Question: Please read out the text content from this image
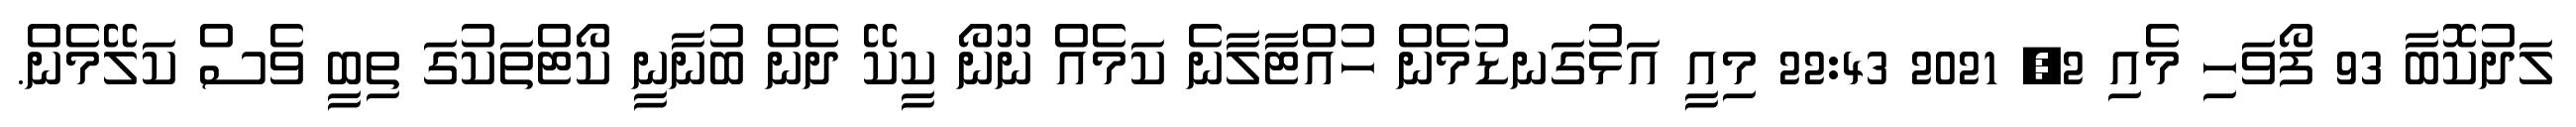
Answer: ލަދުކޮބާ 93 ފޯވަހި މެއި 2, 2021 22:43 މިއީ އަޅުގަނޑުމެން ހުއްޓާލާނެ ކަމެއް ނޫނޯ ކީކޭ ދެން ބުނާނީ ކޯޓްތަކުގަ ތިބީ ވެސް ކަލޭމެން.